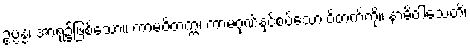
ဥပ္ပန္နံ၊ အာရုံ၌ဖြစ်သော။ ကာမဝိတက္ကံ၊ ကာမဂုဏ်နှင့်စပ်သော ဝိတက်ကို။ နာဓိဝါသေတိ၊